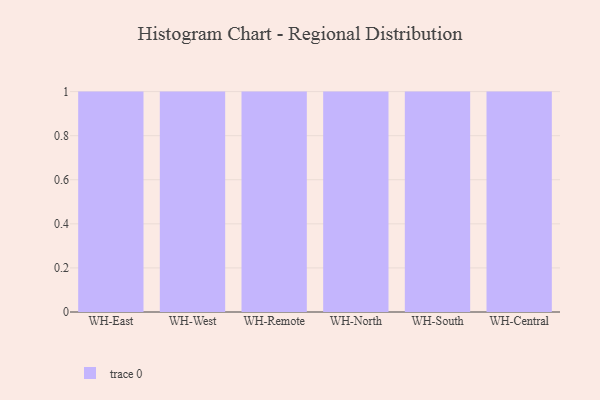
{"axis": {"x": "Warehouse", "y": "Demand Index"}, "legend": [""], "data": [{"x": "WH-East", "y": 24, "type": ""}, {"x": "WH-West", "y": 19, "type": ""}, {"x": "WH-Remote", "y": 88, "type": ""}, {"x": "WH-North", "y": 13, "type": ""}, {"x": "WH-South", "y": 2, "type": ""}, {"x": "WH-Central", "y": 94, "type": ""}]}